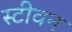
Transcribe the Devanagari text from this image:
स्‍टीवन